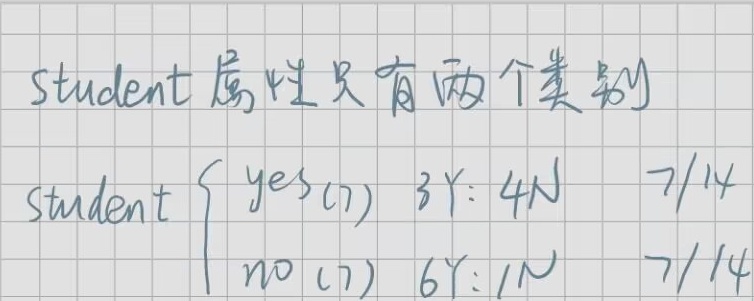
student属性只有两个类别
\[
\text{student}
\begin{cases}
\text{yes(7)} \quad 3\text{Y}:4\text{N} \quad 7/14\\
\text{no(7)} \quad 6\text{Y}:1\text{N} \quad 7/14
\end{cases}
\]